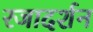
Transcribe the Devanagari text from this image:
रजादर्शन